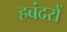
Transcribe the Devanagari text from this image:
हबंदरों